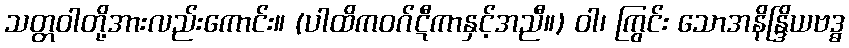
သတ္တဝါတို့အားလည်းကောင်း။ (ပါထိကဝဂ်ဋီကာနှင့်အညီ။) ဝါ၊ ကြွင်း သောအနိန္ဒြိယဗဒ္ဓ